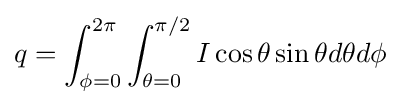
q=\int _{\phi =0}^{2\pi }\int _{\theta =0}^{\pi /2}I\cos \theta \sin \theta d\theta d\phi